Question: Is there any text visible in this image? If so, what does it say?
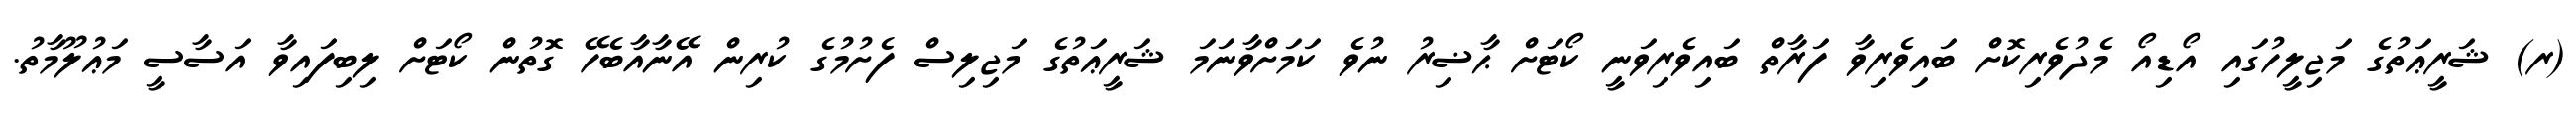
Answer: (ރ) ޝަރީޢަތުގެ މަޖިލީހުގައި އޯޑިއޯ މެދުވެރިކޮށް ބައިވެރިވާ ފަރާތް ބައިވެރިވަނީ ކޯޓަށް ޙާޟިރު ނުވެ ކަމަށްވާނަމަ ޝަރީޢަތުގެ މަޖިލިސް ފެށުމުގެ ކުރިން އޭނާއާބެހޭ ގޮތުން ކޯޓަށް ލިބިފައިވާ އަސާސީ މަޢުލޫމާތު.